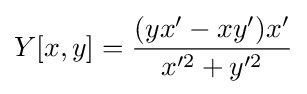
Y[x,y]={\frac {(yx'-xy')x'}{x'^{2}+y'^{2}}}